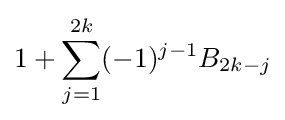
1+\sum _{j=1}^{2k}(-1)^{j-1}B_{2k-j}